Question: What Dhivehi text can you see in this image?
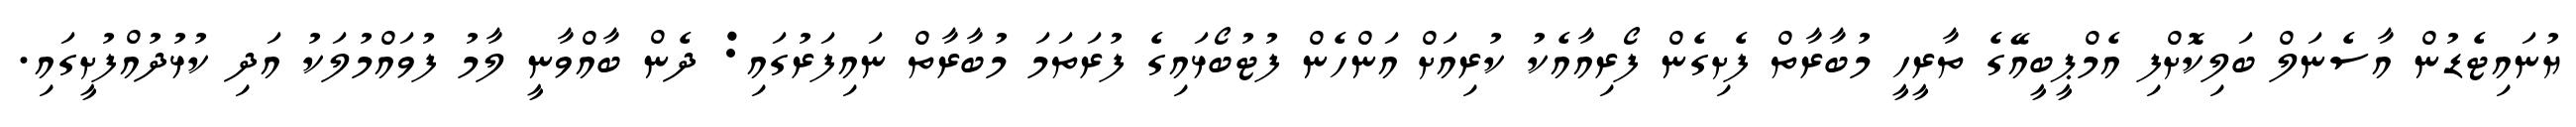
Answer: ޔުނައިޓެޑުން އާސެނަލް ބަލިކޮށްފި އެމްޕީބީއޭގެ ތާރީހީ މުބާރާތް ފެށިގެން ފޯރިއާއެކު ކުރިއަށް އަންހެން ފުޓުބޯޅައިގެ ފުރަތަމަ މުބާރާތް ނައިފަރުގައި: ދެން ބާއްވާނީ ލާމު ފުވައްމުލަކު އަދި ކުޅުދުއްފުށީގައި.